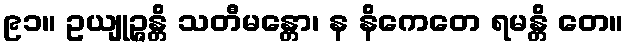
၉၁။ ဥယျုဉ္ဇန္တိ သတီမန္တော၊ န နိကေတေ ရမန္တိ တေ။